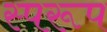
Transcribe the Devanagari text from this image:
स्परूप